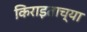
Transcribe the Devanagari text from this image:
किराइताच्या